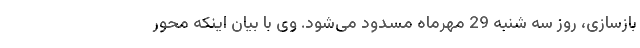
بازسازی، روز سه شنبه 29 مهرماه مسدود می‌شود. وی با بیان اینکه محور